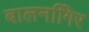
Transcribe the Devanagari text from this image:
बालनगििर